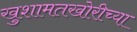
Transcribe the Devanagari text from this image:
खुशामतखोरीच्या